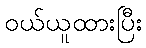
ဝယ်ယူထားပြီး